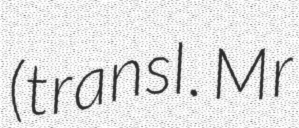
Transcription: (transl. Mr